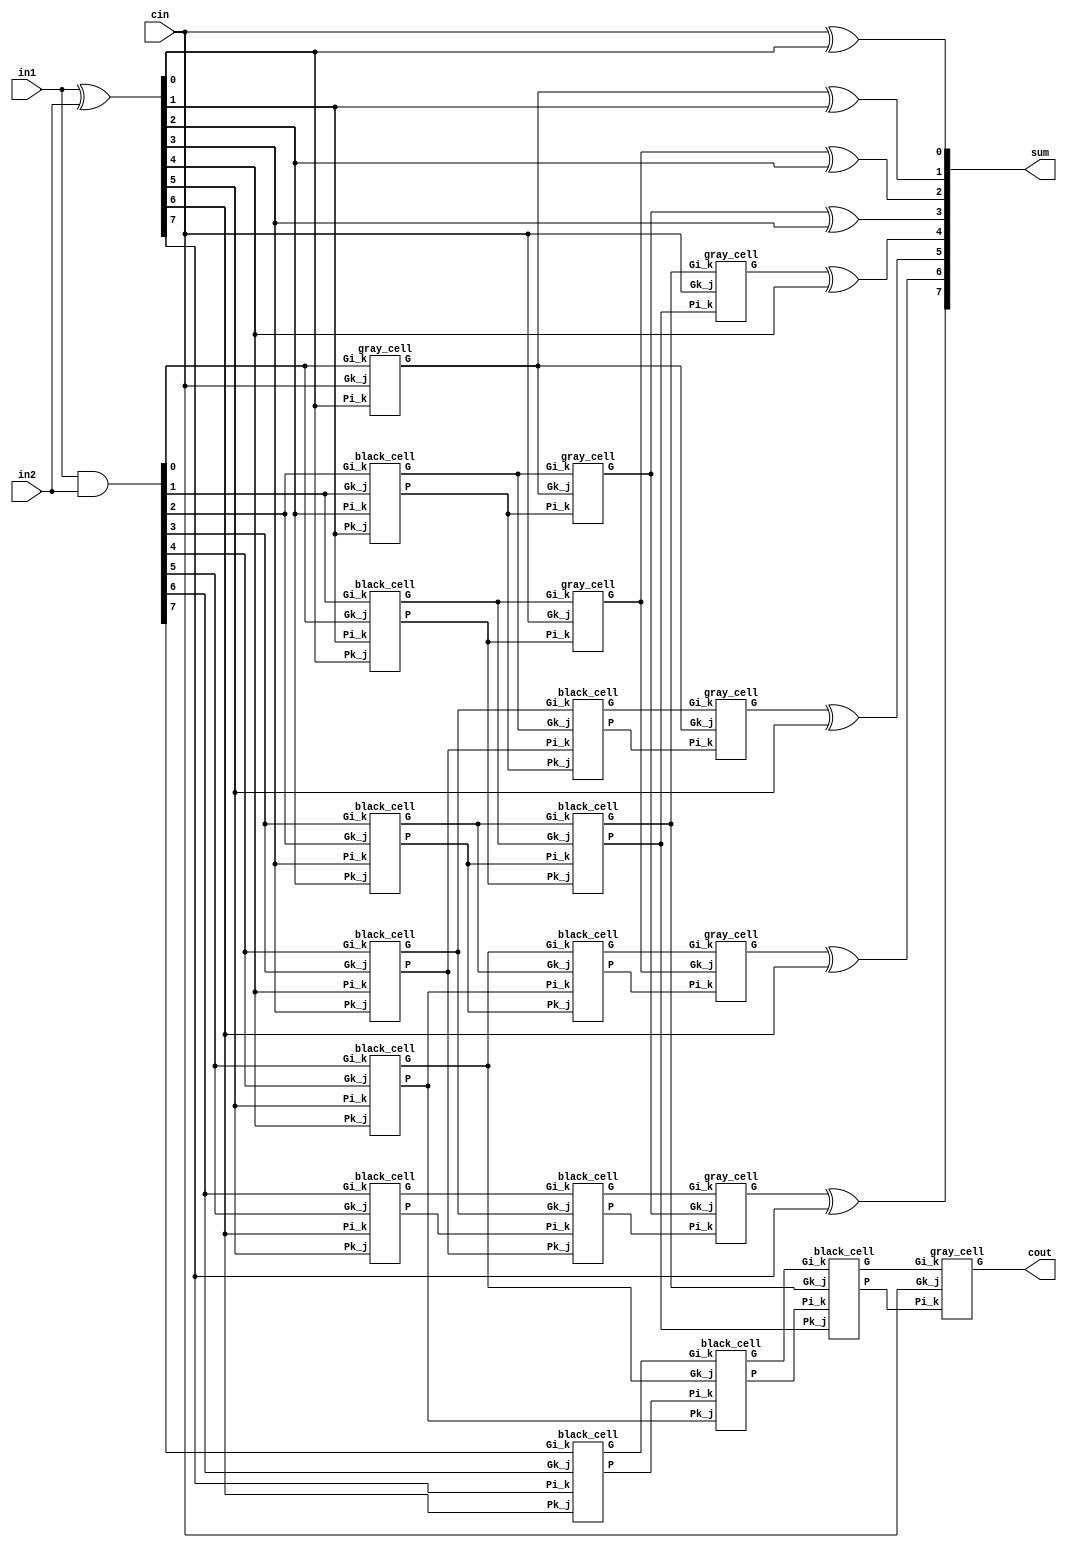
module kogge_stone_8(in1, in2, sum, cin, cout);
    /* This is a 8 bit kogge-stone parallel prefix adder
     * Area: 262.338693
     * Power: 9.9864e-02 mW
     * Timing: 0.37ns
     */
    input [7:0] in1, in2; //input
    output [7:0] sum; //output
    input cin; //carry-in
    output cout; //carry-out
    wire [7:0] G_Z, P_Z, //wires
    G_A, P_A,
    G_B, P_B,
    G_C, P_C;

    assign P_Z = in1 ^ in2;
    assign G_Z = in1 & in2;

    //level 1
    gray_cell level_0A(cin, P_Z[0], G_Z[0], G_A[0]);
    black_cell level_1A(G_Z[0], P_Z[1], G_Z[1], P_Z[0], G_A[1], P_A[1]);
    black_cell level_2A(G_Z[1], P_Z[2], G_Z[2], P_Z[1], G_A[2], P_A[2]);
    black_cell level_3A(G_Z[2], P_Z[3], G_Z[3], P_Z[2], G_A[3], P_A[3]);
    black_cell level_4A(G_Z[3], P_Z[4], G_Z[4], P_Z[3], G_A[4], P_A[4]);
    black_cell level_5A(G_Z[4], P_Z[5], G_Z[5], P_Z[4], G_A[5], P_A[5]);
    black_cell level_6A(G_Z[5], P_Z[6], G_Z[6], P_Z[5], G_A[6], P_A[6]);
    black_cell level_7A(G_Z[6], P_Z[7], G_Z[7], P_Z[6], G_A[7], P_A[7]);

    //level 2 
    gray_cell level_1B(cin, P_A[1], G_A[1], G_B[1]);
    gray_cell level_2B(G_A[0], P_A[2], G_A[2], G_B[2]);
    black_cell level_3B(G_A[1], P_A[3], G_A[3], P_A[1], G_B[3], P_B[3]);
    black_cell level_4B(G_A[2], P_A[4], G_A[4], P_A[2], G_B[4], P_B[4]);
    black_cell level_5B(G_A[3], P_A[5], G_A[5], P_A[3], G_B[5], P_B[5]);
    black_cell level_6B(G_A[4], P_A[6], G_A[6], P_A[4], G_B[6], P_B[6]);
    black_cell level_7B(G_A[5], P_A[7], G_A[7], P_A[5], G_B[7], P_B[7]);

    //level 3
    gray_cell level_3C(cin, P_B[3], G_B[3], G_C[3]);
    gray_cell level_4C(G_A[0], P_B[4], G_B[4], G_C[4]);
    gray_cell level_5C(G_B[1], P_B[5], G_B[5], G_C[5]);
    gray_cell level_6C(G_B[2], P_B[6], G_B[6], G_C[6]);
    black_cell level_7C(G_B[3], P_B[7], G_B[7], P_B[3], G_C[7], P_C[7]);

    //level 4
    gray_cell level_7D(cin, P_C[7], G_C[7], cout);

    //outputs
    assign sum[0] = cin    ^ P_Z[0];
    assign sum[1] = G_A[0] ^ P_Z[1];
    assign sum[2] = G_B[1] ^ P_Z[2];
    assign sum[3] = G_B[2] ^ P_Z[3];
    assign sum[4] = G_C[3] ^ P_Z[4];
    assign sum[5] = G_C[4] ^ P_Z[5];
    assign sum[6] = G_C[5] ^ P_Z[6];
    assign sum[7] = G_C[6] ^ P_Z[7];

endmodule

module gray_cell(Gk_j, Pi_k, Gi_k, G);
    input Gk_j, Pi_k, Gi_k;
    output G;
    wire Y;
    and(Y, Gk_j, Pi_k);
    or(G, Y, Gi_k);
endmodule

module black_cell(Gk_j, Pi_k, Gi_k, Pk_j, G, P);
    input Gk_j, Pi_k, Gi_k, Pk_j;
    output G, P;
    wire Y;
    and(Y, Gk_j, Pi_k);
    or(G, Gi_k, Y);
    and(P, Pk_j, Pi_k);
endmodule